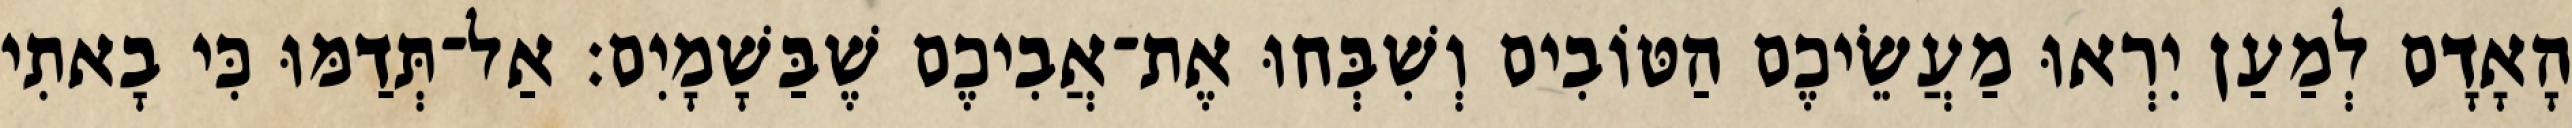
הָאָדָם לְמַעַן יִרְאוּ מַעֲשֵׂיכֶם הַטּוֹבִים וְשִׁבְּחוּ אֶת־אֲבִיכֶם שֶׁבַּשָׁמָיִם׃ אַל־תְּדַמּוּ כִּי בָאתִי